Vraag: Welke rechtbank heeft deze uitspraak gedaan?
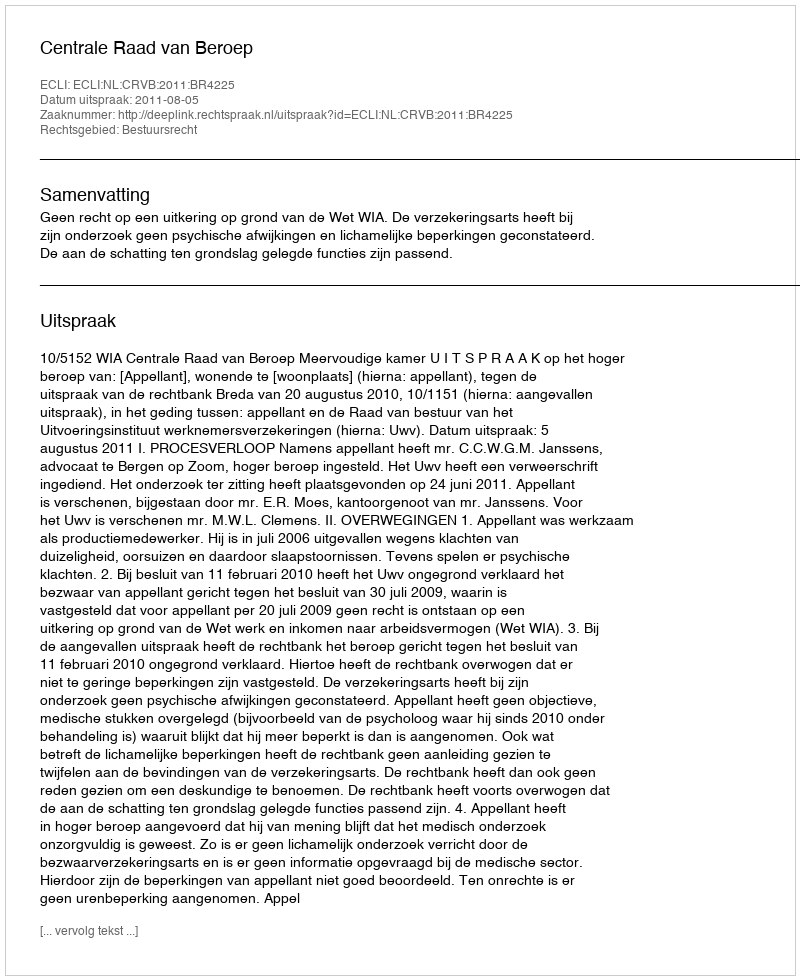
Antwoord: Centrale Raad van Beroep